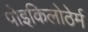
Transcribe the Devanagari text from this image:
पोइकिलोठेर्म